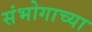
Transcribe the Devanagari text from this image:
संभोगाच्या